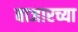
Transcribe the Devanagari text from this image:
बाजारच्या